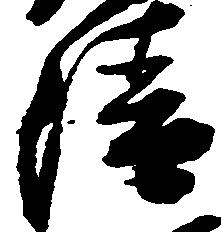
清